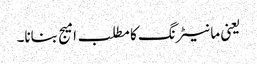
یعنی مانیٹرنگ کا مطلب امیج بنانا۔